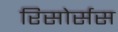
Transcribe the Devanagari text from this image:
रिसोर्सस